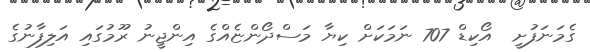
ގެމަނަފުށީ  އޯކިޑް 707 ނަމަކަށް ކިޔާ މަސްދޯންޏެއްގެ އިންޖީނު ރޫމުގައި އަލިފާނުގެ